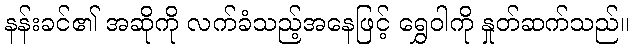
နန်းခင်၏ အဆိုကို လက်ခံသည့်အနေဖြင့် ရွှေဝါကို နှုတ်ဆက်သည်။